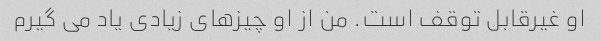
او غیرقابل توقف است. من از او چیزهای زیادی یاد می گیرم